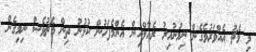
މި މެޗު އެއްވަރުވެގެން ނިމުނުއިރު ރެއާލްއިން އެންމެފަހުން ކުޅުނު ތިން މެޗުވެސް ނިމިގެން